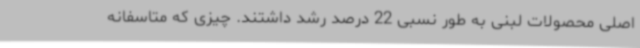
اصلی محصولات لبنی به طور نسبی 22 درصد رشد داشتند. چیزی که متاسفانه